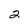
Character: 2